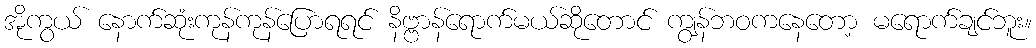
အိုကွယ် နောက်ဆုံးကုန်ကုန်ပြောရရင် နိဗ္ဗာန်ရောက်မယ်ဆိုတောင် ကျွန်ဘဝကနေတော့ မရောက်ချင်ဘူး။